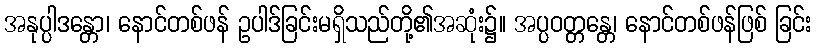
အနုပ္ပါဒန္တော၊ နောင်တစ်ဖန် ဥပါဒ်ခြင်းမရှိသည်တို့၏အဆုံး၌။ အပ္ပဝတ္တန္တေ၊ နောင်တစ်ဖန်ဖြစ် ခြင်း